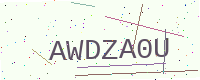
Text: AWDZA0U